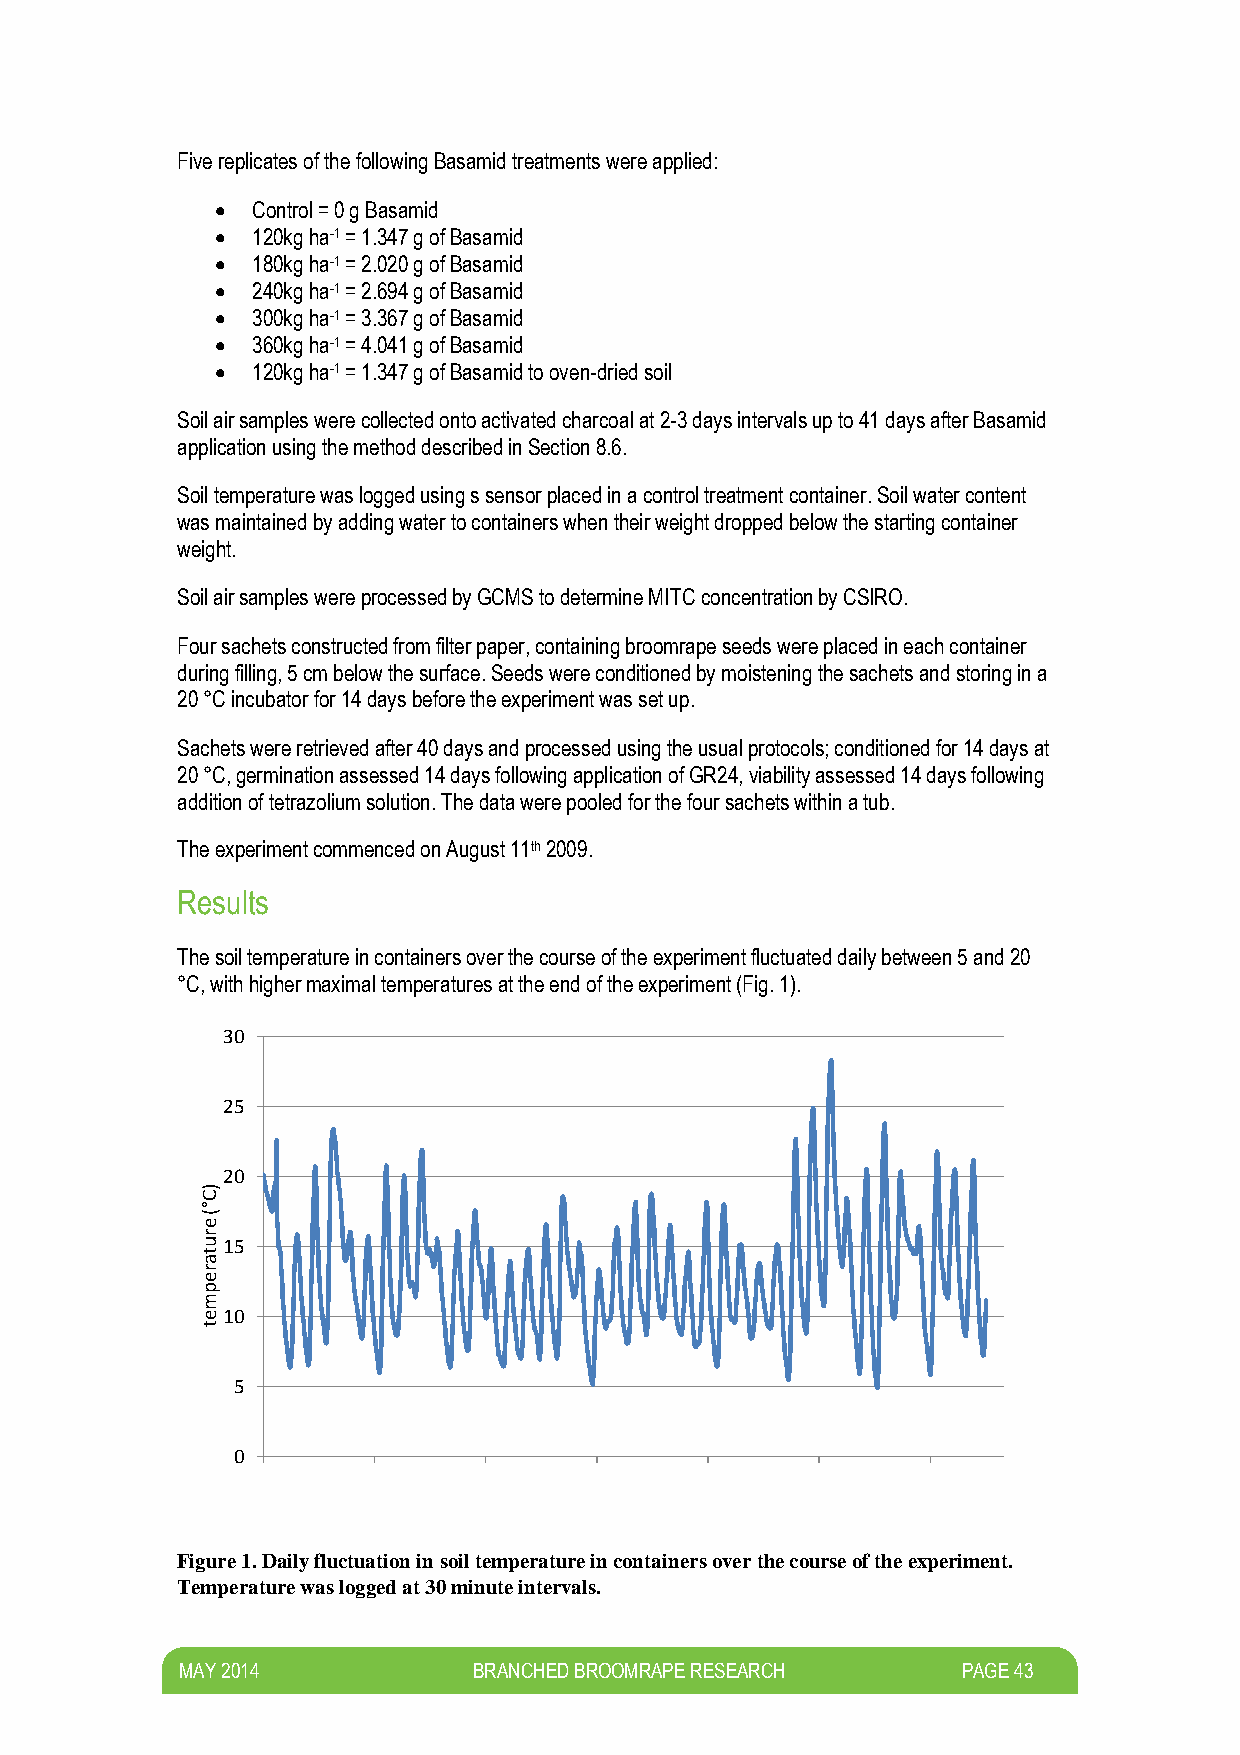
Five replicates of the following Basamid treatments were applied:
   Control = 0 g Basamid
   120kg ha-1 = 1.347 g of Basamid
   180kg ha-1 = 2.020 g of Basamid
   240kg ha-1 = 2.694 g of Basamid
   300kg ha-1 = 3.367 g of Basamid
   360kg ha-1 = 4.041 g of Basamid
   120kg ha-1 = 1.347 g of Basamid to oven-dried soil
 Soil air samples were collected onto activated charcoal at 2-3 days intervals up to 41 days after Basamid
 application using the method described in Section 8.6.
 Soil temperature was logged using s sensor placed in a control treatment container. Soil water content
 was maintained by adding water to containers when their weight dropped below the starting container
 weight.
 Soil air samples were processed by GCMS to determine MITC concentration by CSIRO.
 Four sachets constructed from filter paper, containing broomrape seeds were placed in each container
 during filling, 5 cm below the surface. Seeds were conditioned by moistening the sachets and storing in a
 20 °C incubator for 14 days before the experiment was set up.
 Sachets were retrieved after 40 days and processed using the usual protocols; conditioned for 14 days at
 20 °C, germination assessed 14 days following application of GR24, viability assessed 14 days following
 addition of tetrazolium solution. The data were pooled for the four sachets within a tub.
 The experiment commenced on August 11th 2009.
 Results
 The soil temperature in containers over the course of the experiment fluctuated daily between 5 and 20
 °C, with higher maximal temperatures at the end of the experiment (Fig. 1).
 30
 25
 20
 )C
 °
 (
 e
 r
 u15
 t
 a
 r
 e
 p
 m
 e10
 t
 5
 0
 Figure 1. Daily fluctuation in soil temperature in containers over the course of the experiment.
 Temperature was logged at 30 minute intervals.
 M AY 2014          BRANCHED BROOMRAPE RESEARCH      PAGE 43